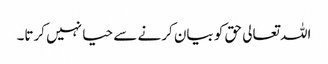
اللہ تعالی حق کو بیان کرنے سے حیا نہیں کرتا۔